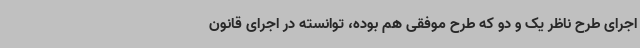
اجرای طرح ناظر یک و دو که طرح موفقی هم بوده، توانسته در اجرای قانون